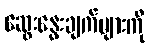
ဆွေးနွေးချက်များကို